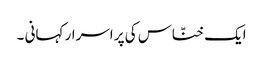
ایک خنّاس کی پر اسرار کہانی ۔